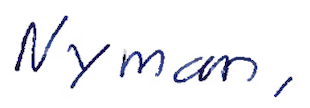
Text: Nyman,
Cross-out: clean
Writing tool: ballpoint